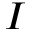
I